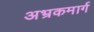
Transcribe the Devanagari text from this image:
अभ्रकमार्ग